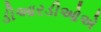
ડીઆરડીઓએ